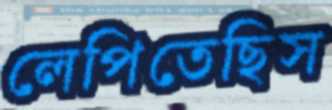
লেপিতেছিস